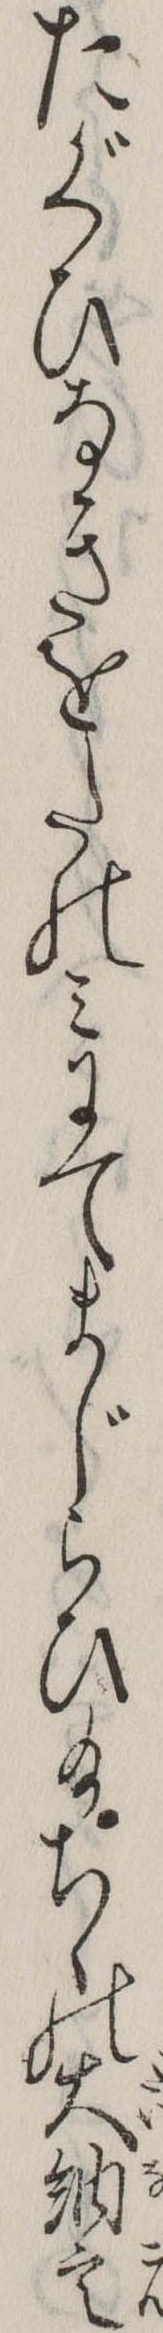
たぐひなきをたのみにてまじらひ給ちゝの大納言